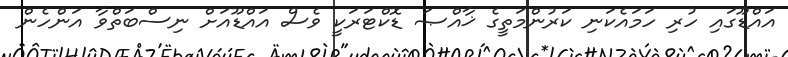
އައްޑޫގައި ހުރި ހަމައެކަނި ކަރުންމަތީގެ ޚާއްޞަ ޑޮކްޓަރަކީ ވެސް އައްޑޫއަށް ނިސްބަތްވާ އަންހެން